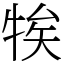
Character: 㸻